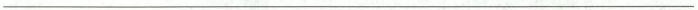
___